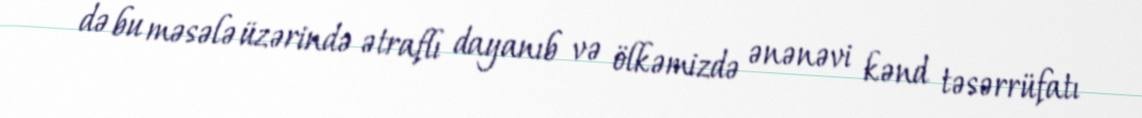
də bu məsələ üzərində ətraflı dayanıb və ölkəmizdə ənənəvi kənd təsərrüfatı